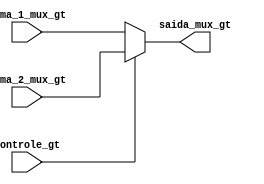
module mux_gt(controle_gt,soma_1_mux_gt,soma_2_mux_gt,saida_mux_gt);

	input controle_gt;
	input [7:0]soma_1_mux_gt,soma_2_mux_gt;
	output [7:0]saida_mux_gt;  //saida para o PC
	reg [7:0]temp;

	assign saida_mux_gt = temp;

	always @(controle_gt,soma_1_mux_gt,soma_2_mux_gt)begin
		if(controle_gt)
			temp = soma_2_mux_gt; // saida do somador_gt
		else
			temp = soma_1_mux_gt; // saida do somador_jump
	end
endmodule